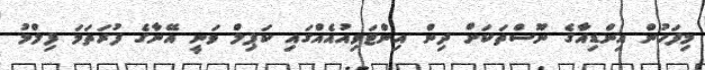
މިފަހުން އިންޑިއާގެ ނޫސްތަކަށް ދިން އިންޓަވިއުއެއްގައި ކަޕިލް ވަނީ އޭނާގެ ފުރަތަމަ ފިލްމު